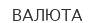
ВАЛЮТА